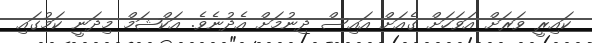
ކައިރީ ވަރަށް އަވަހަށް ގެއަށް އައިސް ދިނުމަށް އެދުނެވެ. އަކްޝަމް މިދަނީ ކަމުގައި